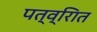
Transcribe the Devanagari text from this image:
पत्व्राित